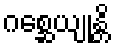
ဂစ္ဆေယျုန္တိ